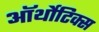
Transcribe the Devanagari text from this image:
ऑर्थोटिक्स